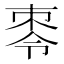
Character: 𪲕